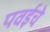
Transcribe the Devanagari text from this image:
पवईचे